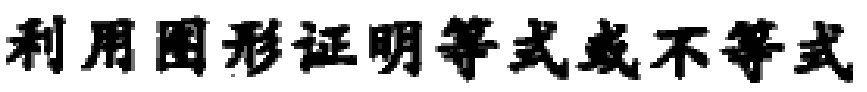
利用图形证明等式或不等式